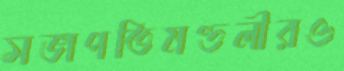
সভাপতিমণ্ডলীরও